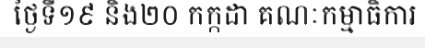
ថ្ងៃទី១៩ និង២០ កក្កដា គណៈកម្មាធិការ